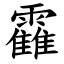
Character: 靃